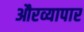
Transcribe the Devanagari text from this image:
औरव्यापार